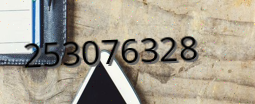
253076328